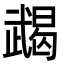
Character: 𢎔